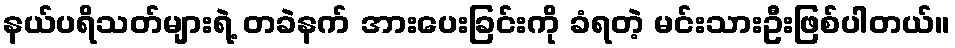
နယ်ပရိသတ်များရဲ့ တခဲနက် အားပေးခြင်းကို ခံရတဲ့ မင်းသားဦးဖြစ်ပါတယ်။